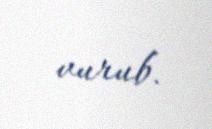
vurub.